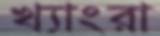
খ্যাংরা